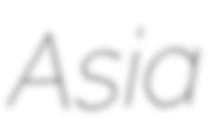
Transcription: Asia